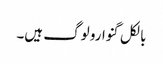
بالکل گنوارو لوگ ہیں۔